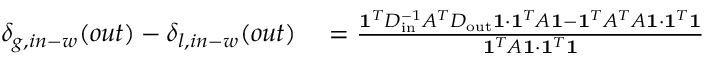
\begin{array} { r l } { \delta _ { g , i n - w } ( o u t ) - \delta _ { l , i n - w } ( o u t ) } & { { } = \frac { \mathbf { 1 } ^ { T } D _ { \mathrm { i n } } ^ { - 1 } A ^ { T } D _ { \mathrm { o u t } } \mathbf { 1 } \cdot \mathbf { 1 } ^ { T } A \mathbf { 1 } - \mathbf { 1 } ^ { T } A ^ { T } A \mathbf { 1 } \cdot \mathbf { 1 } ^ { T } \mathbf { 1 } } { \mathbf { 1 } ^ { T } A \mathbf { 1 } \cdot \mathbf { 1 } ^ { T } \mathbf { 1 } } \, } \end{array}